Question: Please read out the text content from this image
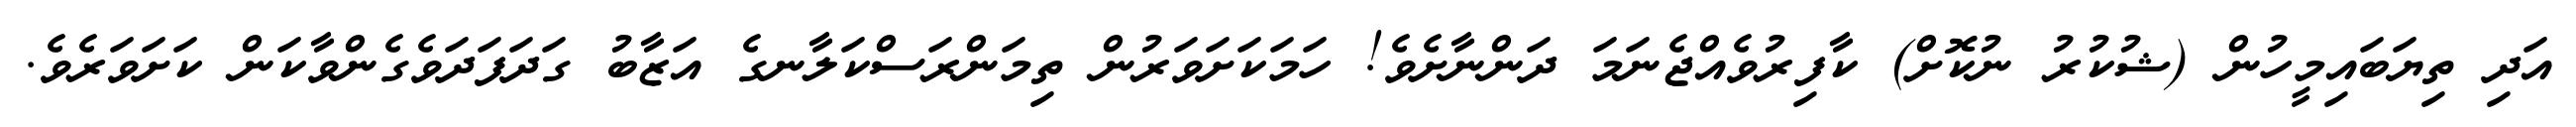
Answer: އަދި ތިޔަބައިމީހުން (ޝުކުރު ނުކޮށް) ކާފިރުވެއްޖެނަމަ ދަންނާށެވެ! ހަމަކަށަވަރުން ތިމަންރަސްކަލާނގެ އަޒާބު ގަދަފަދަވެގެންވާކަން ކަށަވަރެވެ.